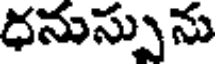
ధనుస్సును